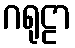
ဂရုဠာ